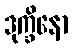
ဒုက္ခိနော